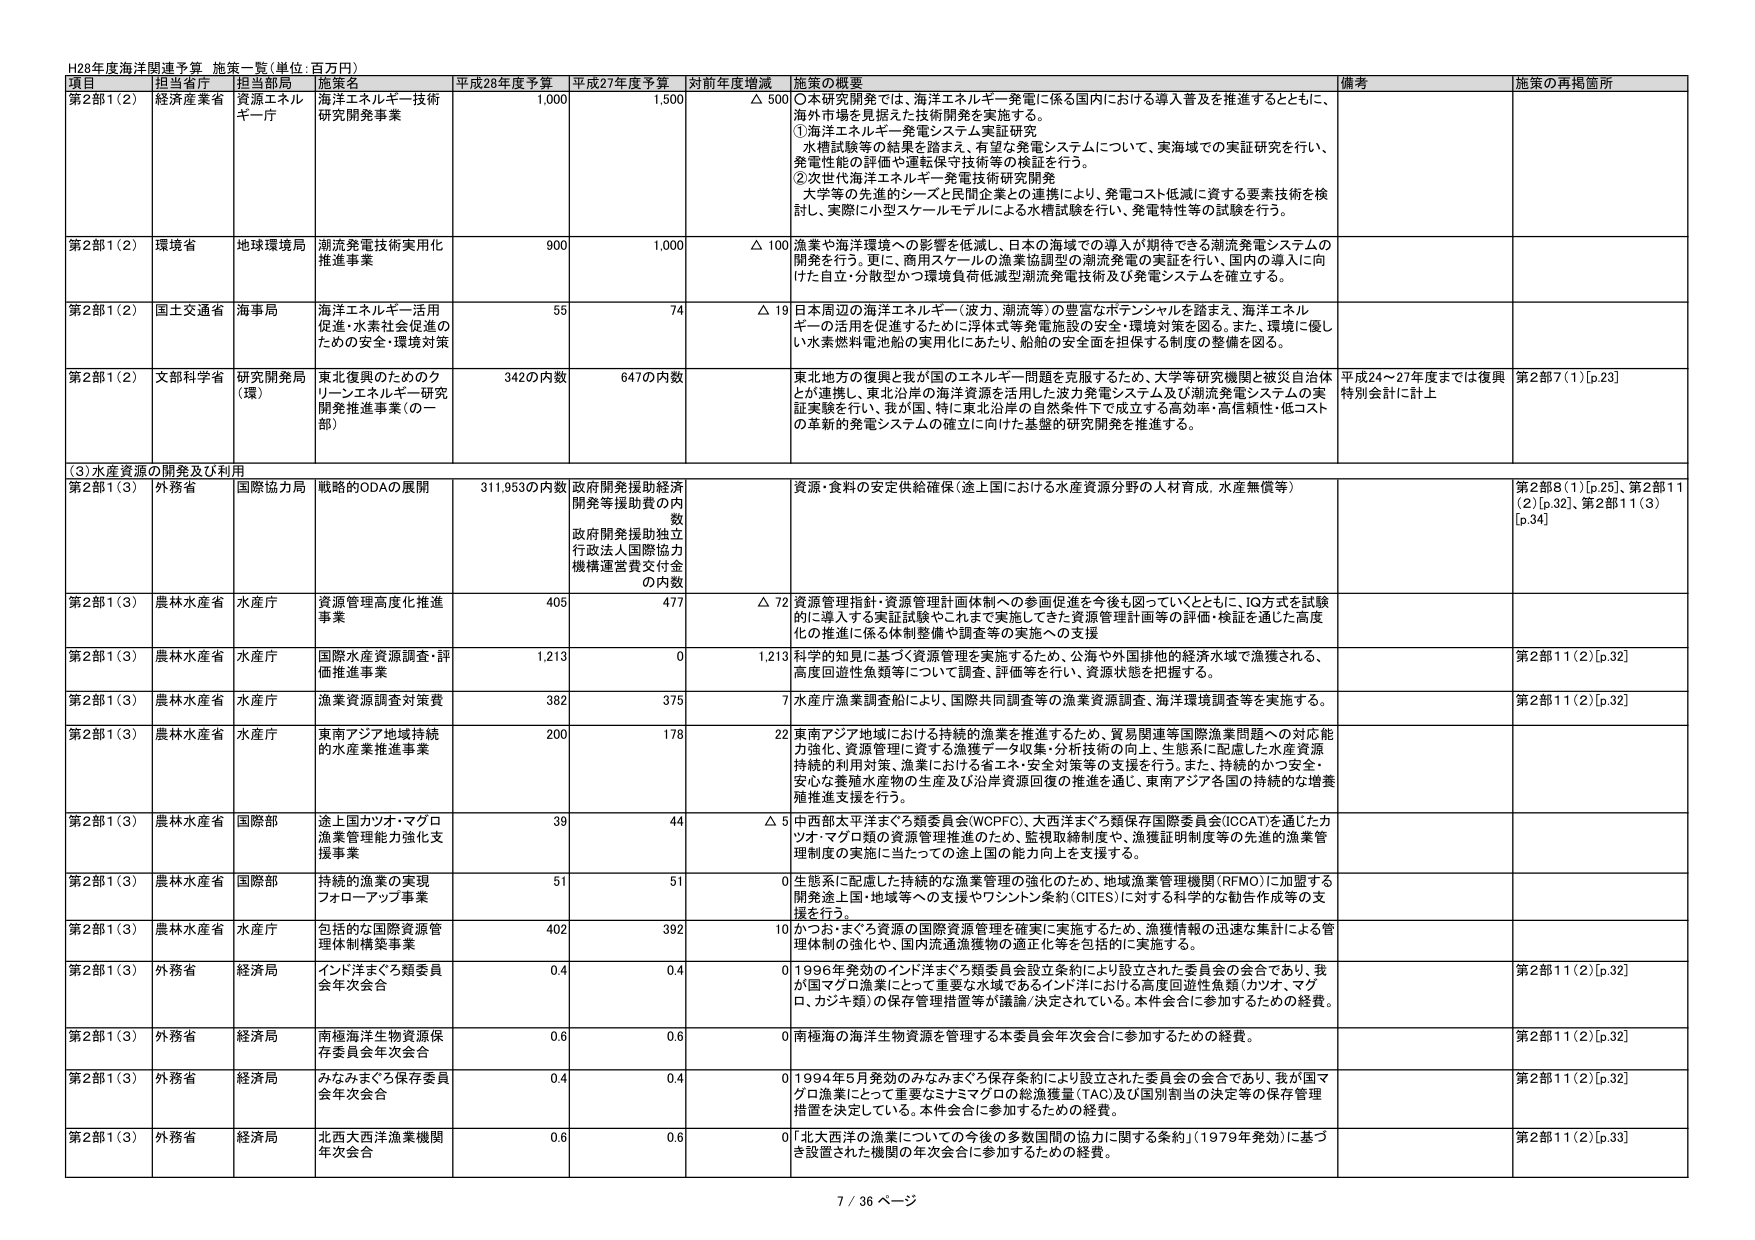
H28年度海洋関連予算 施策一覧（単位：百万円）

項目 担当省庁 担当部局 施策名 平成28年度予算 平成27年度予算 対前年度増減 施策の概要 備考 施策の再掲箇所

第2部1（2） 経済産業省 資源エネルギー庁 海洋エネルギー技術研究開発事業 1,000 1,500 △ 500 ○本研究開発では、海洋エネルギー発電に係る国内における導入普及を推進するとともに、海外市場を見据えた技術開発を実施する。 ①海洋エネルギー発電システム実証研究 水槽試験等の結果を踏まえ、有望な発電システムについて、実海域での実証研究を行い、発電性能の評価や運転保守技術等の検証を行う。 ②次世代海洋エネルギー発電技術研究開発 大学等の先進的シーズと民間企業との連携により、発電コスト低減に資する要素技術を検討し、実際に小型スケールモデルによる水槽試験を行い、発電特性等の試験を行う。

第2部1（2） 環境省 地球環境局 潮流発電技術実用化推進事業 900 1,000 △ 100 漁業や海洋環境への影響を低減し、日本の海域での導入が期待できる潮流発電システムの開発を行う。更に、商用スケールの漁業協調型の潮流発電の実証を行い、国内の導入に向けた自立・分散型かつ環境負荷低減型潮流発電技術及び発電システムを確立する。

第2部1（2） 国土交通省 海事局 海洋エネルギー活用促進・水素社会促進のための安全・環境対策 55 74 △ 19 日本周辺の海洋エネルギー（波力、潮流等）の豊富なポテンシャルを踏まえ、海洋エネルギーの活用を促進するために浮体式等発電施設の安全・環境対策を図る。また、環境に優しい水素燃料電池船の実用化にあたり、船舶の安全面を担保する制度の整備を図る。

第2部1（2） 文部科学省 研究開発局（環） 東北復興のためのクリーンエネルギー研究開発推進事業（の一部） 342の内数 647の内数 東北地方の復興と我が国のエネルギー問題を克服するため、大学等研究機関と被災自治体とが連携し、東北沿岸の海洋資源を活用した波力発電システム及び潮流発電システムの実証実験を行い、我が国、特に東北沿岸の自然条件下で成立する高効率・高信頼性・低コストの革新的発電システムの確立に向けた基盤的研究開発を推進する。 平成24～27年度までは復興特別会計に計上 第2部7（1）[p.23]

（3）水産資源の開発及び利用

第2部1（3） 外務省 国際協力局 戦略的ODAの展開 311,953の内数 政府開発援助経済開発等援助費の内数 政府開発援助独立行政法人国際協力機構運営費交付金の内数 資源・食料の安定供給確保（途上国における水産資源分野の人材育成、水産無償等） 第2部8（1）[p.25]、第2部11（2）[p.32]、第2部11（3）[p.34]

第2部1（3） 農林水産省 水産庁 資源管理高度化推進事業 405 477 △ 72 資源管理指針・資源管理計画体制への参画促進を今後も図っていくとともに、IQ方式を試験的に導入する実証試験やこれまで実施してきた資源管理計画等の評価・検証を通じた高度化の推進に係る体制整備や調査等の実施への支援

第2部1（3） 農林水産省 水産庁 国際水産資源調査・評価推進事業 1,213 0 1,213 科学的知見に基づく資源管理を実施するため、公海や外国排他的経済水域で漁獲される、高度回遊性魚類等について調査、評価等を行い、資源状態を把握する。 第2部11（2）[p.32]

第2部1（3） 農林水産省 水産庁 漁業資源調査対策費 382 375 7 水産庁漁業資源調査により、国際共同調査等の漁業資源調査、海洋環境調査等を実施する。 第2部11（2）[p.32]

第2部1（3） 農林水産省 水産庁 東南アジア地域持続的水産業推進事業 200 178 22 東南アジア地域における持続的漁業を推進するため、貿易関連等国際漁業問題への対応能力強化、資源管理に資する漁獲データ収集・分析技術の向上、生態系に配慮した水産資源持続的利用対策、漁業における省エネ・安全対策等の支援を行う。また、持続的かつ安全・安心な養殖水産物の生産及び沿岸資源回復の推進を通じ、東南アジア各国の持続的な増養殖推進支援を行う。

第2部1（3） 農林水産省 国際部 途上国カツオ・マグロ漁業管理能力強化支援事業 39 44 △ 5 中西部太平洋まぐろ類委員会（WCPFC）、大西洋まぐろ類保存国際委員会（ICCAT）を通じたカツオ・マグロ類の資源管理推進のため、監視取締制度や、漁獲証明制度等の先進的漁業管理制度の実施に当たっての途上国の能力向上を支援する。

第2部1（3） 農林水産省 国際部 持続的漁業の実現フォローアップ事業 51 51 0 生態系に配慮した持続的な漁業管理の強化のため、地域漁業管理機関（RFMO）に加盟する開発途上国・地域等への支援やワシントン条約（CITES）に対する科学的な勧告作成等の支援を行う。

第2部1（3） 農林水産省 水産庁 包括的な国際資源管理体制構築事業 402 392 10 かつか・まぐろ資源管理の国際資源管理を確実に実施するため、漁獲情報の迅速な集計による管理体制の強化や、国内流通漁獲物の適正化等を包括的に実施する。

第2部1（3） 外務省 経済局 インド洋まぐろ類委員会年次会合 0.4 0.4 0 1996年発効のインド洋まぐろ類委員会設立条約により設立された委員会の会合であり、我が国マグロ漁業にとって重要な水域であるインド洋における高度回遊性魚類（カツオ・マグロ、カジキ類）の保存管理措置等が議論/決定されている。本件会合に参加するための経費。 第2部11（2）[p.32]

第2部1（3） 外務省 経済局 南極海洋生物資源保存委員会年次会合 0.6 0.6 0 南極海の海洋生物資源を管理する本委員会年次会合に参加するための経費。 第2部11（2）[p.32]

第2部1（3） 外務省 経済局 みなみまぐろ保存委員会年次会合 0.4 0.4 0 1994年5月発効のみなみまぐろ保存条約により設立された委員会の会合であり、我が国マグロ漁業にとって重要なミナミマグロの総漁獲量（TAC）及び国別割当の決定等の保存管理措置を決定している。本件会合に参加するための経費。 第2部11（2）[p.32]

第2部1（3） 外務省 経済局 北西大西洋漁業機関年次会合 0.6 0.6 0 「北大西洋の漁業についての今後の多数国間の協力に関する条約」（1979年発効）に基づき設置された機関の年次会合に参加するための経費。 第2部11（2）[p.33]

7 / 36 ページ